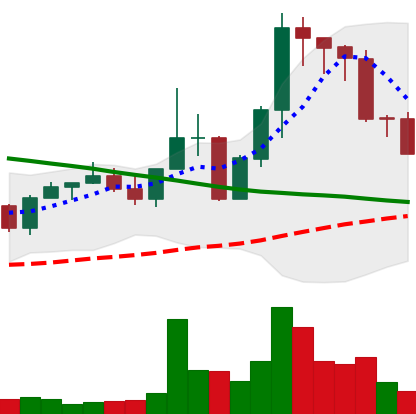
Ticker: EOS-USD
Chart end date: 2022-08-28
Forward return: 8.73%
Label: up_7plus